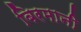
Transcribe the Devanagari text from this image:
बिरमानी